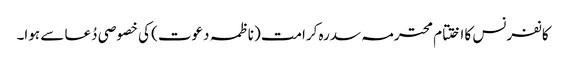
کانفرنس کا اختتام محترمہ سدرہ کرامت (ناظمہ دعوت) کی خصوصی دُعا سے ہوا۔